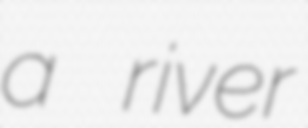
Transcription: a river